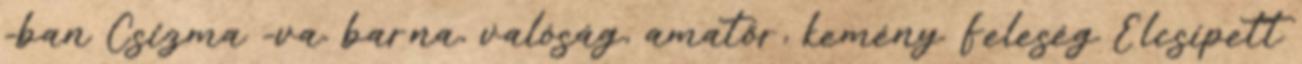
-ban Csizma -va. barna, valóság, amatőr, kemény Feleség Elcsípett